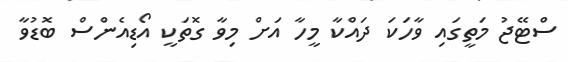
ސްޓޭޖު މަތީގައި ވާހަކަ ދައްކާ މީހާ އަށް މިވާ ގޮތަކީ އޯޑިއެންސް ބޮޑުވާ